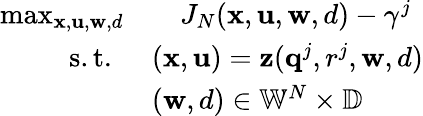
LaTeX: \begin{array}{rl}{\operatorname*{max}_{\mathbf{x},\mathbf{u},\mathbf{w},d}}&{\quad J_{N}(\mathbf{x},\mathbf{u},\mathbf{w},d)-\gamma^{j}}\\ {\quad\mathrm{s.t.~}}&{(\mathbf{x},\mathbf{u})=\mathbf{z}(\mathbf{q}^{j},r^{j},\mathbf{w},d)}\\ &{(\mathbf{w},d)\in\mathbb{W}^{N}\times\mathbb{D}}\end{array}